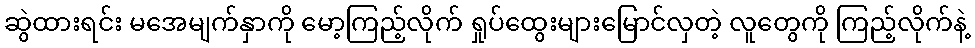
ဆွဲထားရင်း မအေမျက်နှာကို မော့ကြည့်လိုက် ရှုပ်ထွေးများမြောင်လှတဲ့ လူတွေကို ကြည့်လိုက်နဲ့